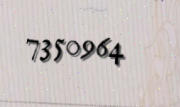
7350964